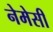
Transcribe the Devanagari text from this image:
नेमेसी